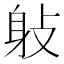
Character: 𨈙